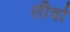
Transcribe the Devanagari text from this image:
तीर्वा